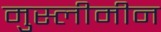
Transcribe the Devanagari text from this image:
मुस्लीमीन